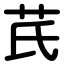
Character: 芪